Madras plague regulations in force outside the Presidency town - Volume 7
Disease focus: Plague
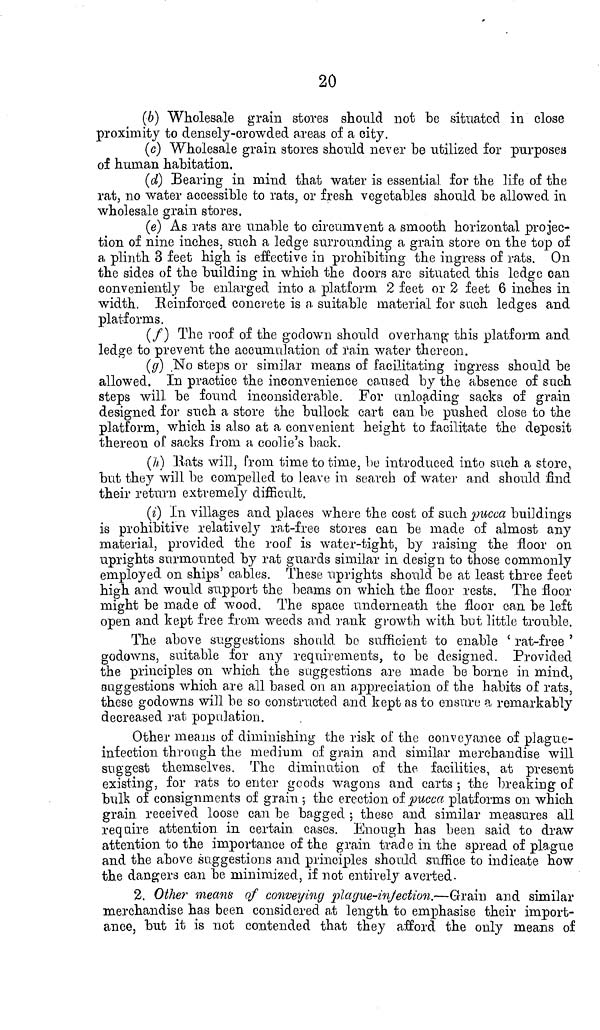
20
(6) Wholesale grain stores should not be situated in close
proximity to densely-crowded areas of a city.
(c) Wholesale grain stores should never be utilized for purposes
of human habitation.
(d} Bearing in mind that water is essential for the life of the
rat, no water accessible to rats, or fresh vegetables should be allowed in
wholesale grain stores.
(e) As rats are una.ble to circumvent a smooth horizontal projec-
tion of nine inches, such a ledge surrounding a grain store on the top of
a plinth 3 feet high is effective in prohibiting the ingress of rats. On
the sides of the building in which the doors are situated this ledge can
conveniently be enlarged into a platform 2 feet or 2 feet 6 inches in
width. Reinforced concrete is a suitable material for such ledges and
platforms.
(/) The roof of the godowii should overhang 1 this platform and
ledge to prevent the accumulation of i'ain water thereon.
(g] No steps or similar means of facilitating ingress should be
allowed. In practice the inconvenience caused by the absence of s ach
steps will be found inconsiderable. For unloading sacks of grain
designed for such a store the bullock cart can be pushed close to the
platform, which is also at a convenient height to facilitate the deposit
thereon of sacks from a coolie's back.
(//) "Hats will, from time to time, be introduced into such a store,
but they will be compelled to leave in search of water and should find
their return extremely difficult.
(¿) In villages and places where the cost of such pucca buildings
is prohibitive relatively rat-free stores can be made of almost any
material, provided the roof is water-tight, by raising the floor on
uprights surmounted by rat guards similar in design to those commonly
employed on ships' cables. These uprights should be at least three feet
high and would support the beams on which the floor rests. The floor
might be made of wood. The space underneath the floor can be left
open a.nd kept free f rom weeds and rank growth with but little trouble.
The above suggestions should bo sufficient to enable ' rat-free '
godowns, suitable for any requirements, to be designed. Provided
the principles on which the suggestions are made be borne in mind,
suggestions which are all based on an appreciation of the habits of rats,
these godowns will be so constructed and kept as to ensure a remarkably
decreased rat population.
Other means of diminishing the risk of the conveyance of plague-
infection through the medium of grain and similar merchandise will
suggest themselves. The diminution of the facilities, at present
existing, for rats to enter goods wagons and carts ; the breaking of
bulk of consignments of grain ; the erection of pucca platforms on which
grain received loose can be ba.gged ; these and similar measures all
require attention in certain cases. Enough has been said to draw
attention to the importance of the grain trad e in the spread of plague
and the above suggestions and principles should suffice to indicate how
the dangers can be minimized, if not entirely averted-
2. Other means of conveying plague-infection.—Grain and similar
merchandise has been considered a,t length to emphasise their import-
ance, but it is not contended that they afford the only means of